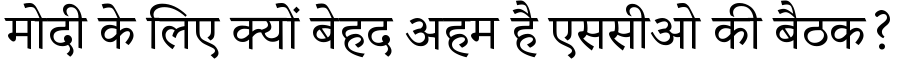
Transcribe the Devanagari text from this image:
मोदी के लिए क्यों बेहद अहम है एससीओ की बैठक?